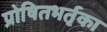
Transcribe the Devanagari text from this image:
प्रोषितभर्तृका